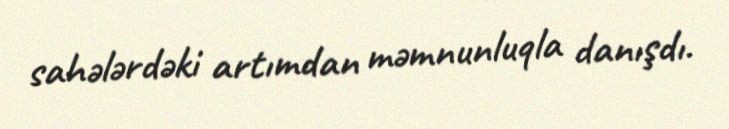
sahələrdəki artımdan məmnunluqla danışdı.